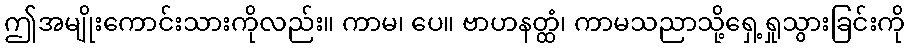
ဤအမျိုးကောင်းသားကိုလည်း။ ကာမ၊ ပေ။ ဗာဟနတ္ထံ၊ ကာမသညာသို့ရှေ့ရှုသွားခြင်းကို